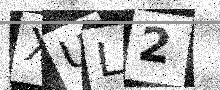
Text: XUL2